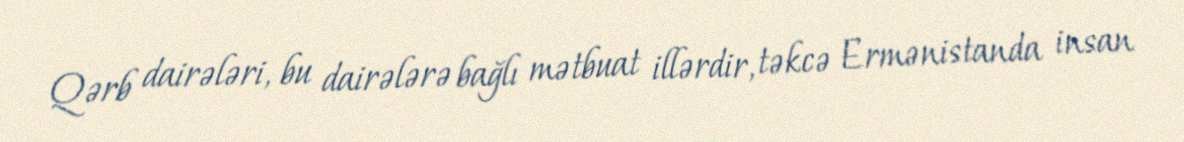
Qərb dairələri, bu dairələrə bağlı mətbuat illərdir, təkcə Ermənistanda insan